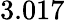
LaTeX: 3.017